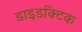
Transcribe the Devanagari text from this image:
डाइडक्टिक